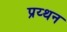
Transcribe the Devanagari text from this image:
प्रय्थन